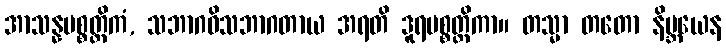
အာသန္နပစ္စတ္ထိကံ, သဘာဂဝိသဘာဂတာယ အရတိ ဒူရပစ္စတ္ထိကာ။ တသ္မာ တတော နိဗ္ဘယေန